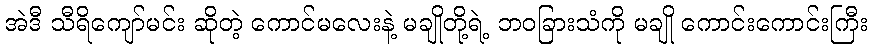
အဲဒီ သီရိကျော်မင်း ဆိုတဲ့ ကောင်မလေးနဲ့ မချိုတို့ရဲ့ ဘဝခြားသံကို မချို ကောင်းကောင်းကြီး